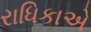
રાધિકાએ